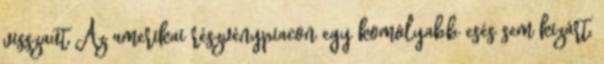
visszaüt Az amerikai részvénypiacon egy komolyabb esés sem kizárt,